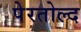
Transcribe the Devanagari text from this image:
पेरतोल्द